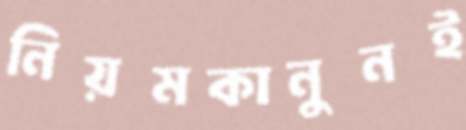
নিয়মকানুনই